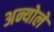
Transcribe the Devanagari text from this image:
अन्योले